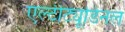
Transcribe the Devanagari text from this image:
एल्‍टीट्यूडिनल